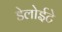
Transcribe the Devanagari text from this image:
डेलोईटे